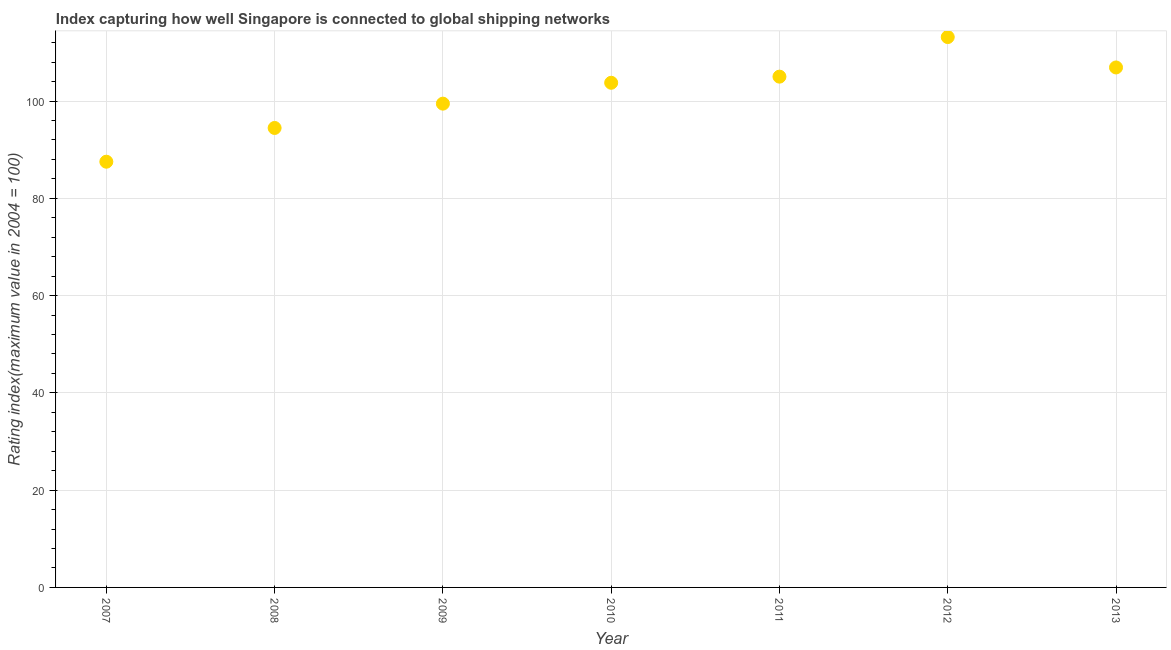
| Year | Liner shipping connectivity index  |
 | --- | --- |
 | 2007 | 87.5 |
 | 2008 | 94.5 |
 | 2009 | 99.5 |
 | 2010 | 104 |
 | 2011 | 105 |
 | 2012 | 113 |
 | 2013 | 107 |